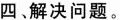
四解决问题。